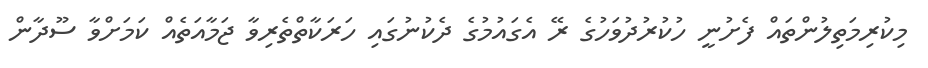
މިކުރިމަތިލުންތައް ފެށުނީ ހުކުރުދުވަހުގެ ރޭ އެގައުމުގެ ދެކުނުގައި ހަރަކާތްތެރިވާ ޖަމާއަތެއް ކަމަށްވާ ސޫދާން